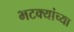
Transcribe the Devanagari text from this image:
भटक्यांच्या